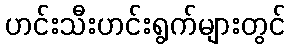
ဟင်းသီးဟင်းရွက်များတွင်